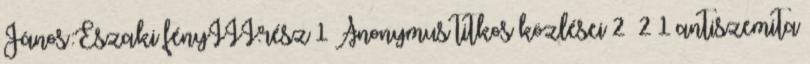
János:Északi fényIII.rész 1 Anonymus titkos közlései 2 2 1 antiszemita